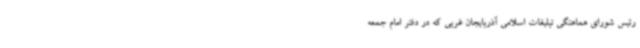
رئیس شورای هماهنگی تبلیغات اسلامی آذربایجان غربی که در دفتر امام جمعه